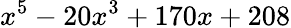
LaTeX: x^{5}-20x^{3}+170x+208